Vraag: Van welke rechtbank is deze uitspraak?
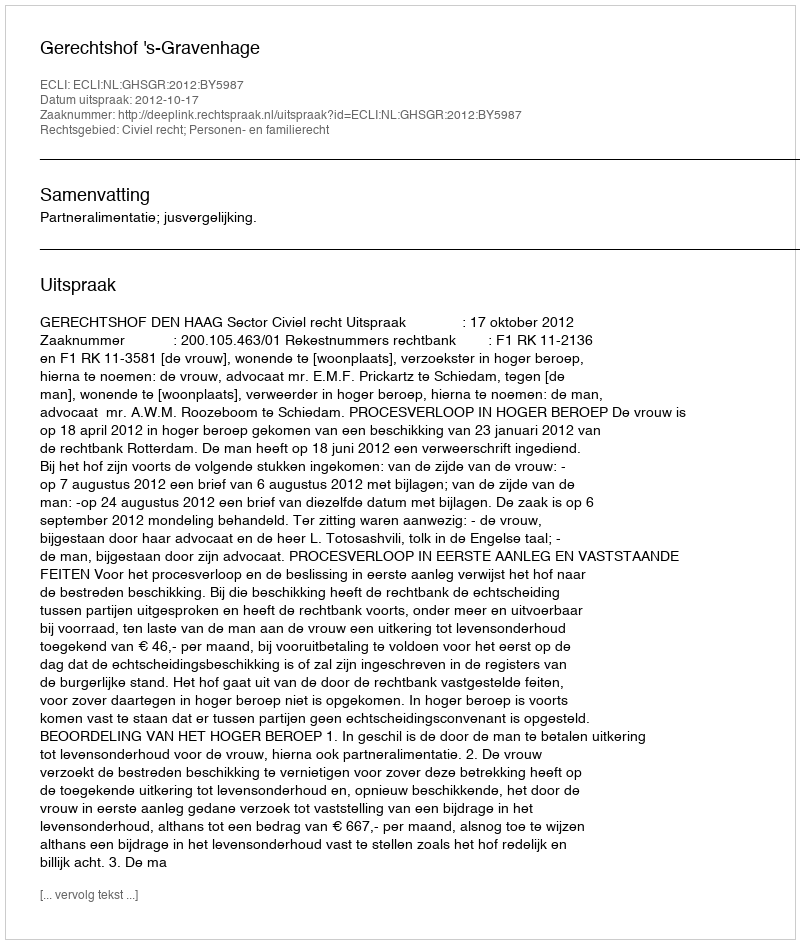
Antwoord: Gerechtshof 's-Gravenhage